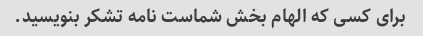
برای کسی که الهام بخش شماست نامه تشکر بنویسید.